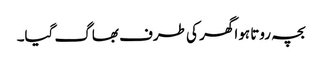
بچہ روتا ہوا گھر کی طرف بھاگ گیا۔